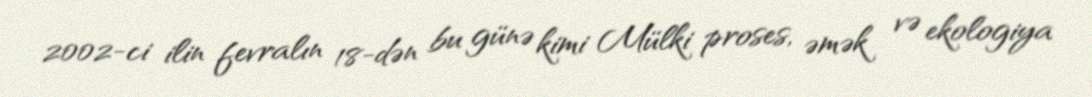
2002-ci ilin fevralın 18-dən bu günə kimi Mülki proses, əmək və ekologiya